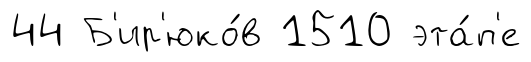
44 Б'ир'юко́в 1510 эта́п'е